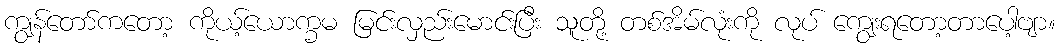
ကျွန်တော်ကတော့ ကိုယ့်ယောက္ခမ မြင်းလှည်းမောင်းပြီး သူတို့ တစ်အိမ်လုံးကို လုပ် ကျွေးရတော့တာပေါ့ဗျာ။